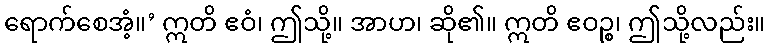
ရောက်စေအံ့။’ ဣတိ ဧဝံ၊ ဤသို့။ အာဟ၊ ဆို၏။ ဣတိ ဧဝဉ္စ၊ ဤသို့လည်း။